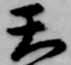
天